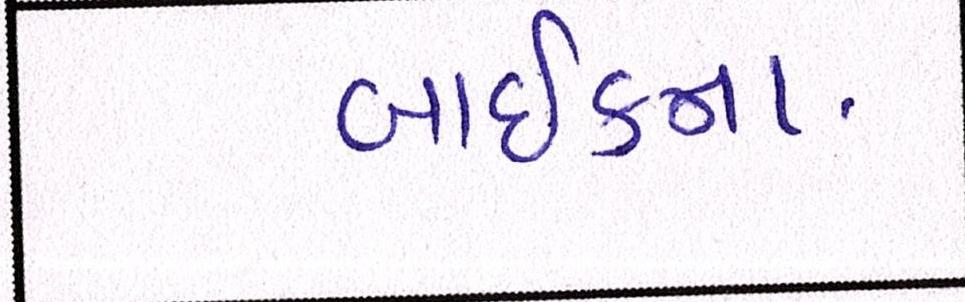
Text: બાઈકના